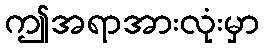
ဤအရာအားလုံးမှာ